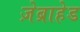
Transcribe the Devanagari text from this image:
ज़ेब्राहेड